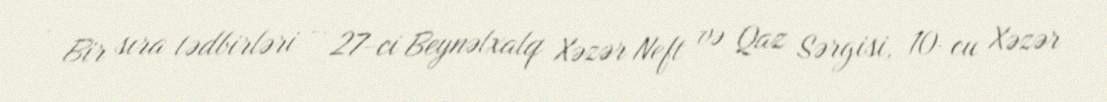
- Bir sıra tədbirləri – 27-ci Beynəlxalq Xəzər Neft və Qaz Sərgisi, 10-cu Xəzər